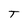
Character: T